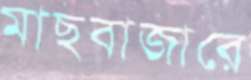
মাছবাজারে